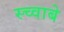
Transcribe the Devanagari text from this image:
स्च्वाबे